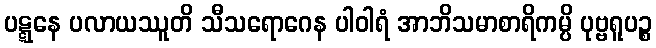
ပဋ္ဋနေ ပလာယဿူတိ သီသရောဂေန ပါဝါရံ အာဘိသမာစာရိကမ္ပိ ပုဗ္ဗရူပဉ္စ